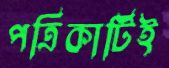
পত্রিকাটিই